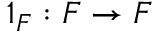
1 _ { F } : F \to F